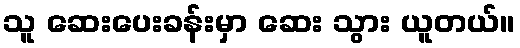
သူ ဆေးပေးခန်းမှာ ဆေး သွား ယူတယ်။